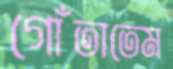
গোঁতাতেম